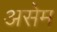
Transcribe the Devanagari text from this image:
असेम